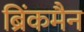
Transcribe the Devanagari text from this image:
ब्रिंकमैन